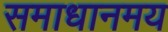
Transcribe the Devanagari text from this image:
समाधानमय